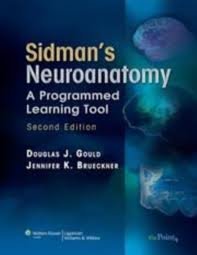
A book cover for Sidman's Neuroanatomy: A Programmed Learning Tool (Point (Lippincott Williams & Wilkins)) 2nd (second) edition; Medical Books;